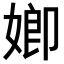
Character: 𡟧